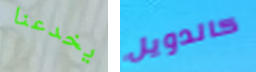
يخدعنا كالدويل